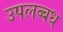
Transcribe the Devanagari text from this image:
उपलब्बध